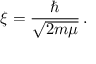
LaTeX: \xi = { \frac { \hbar } { \sqrt { 2 m \mu } } } \, .